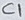
Text: C1